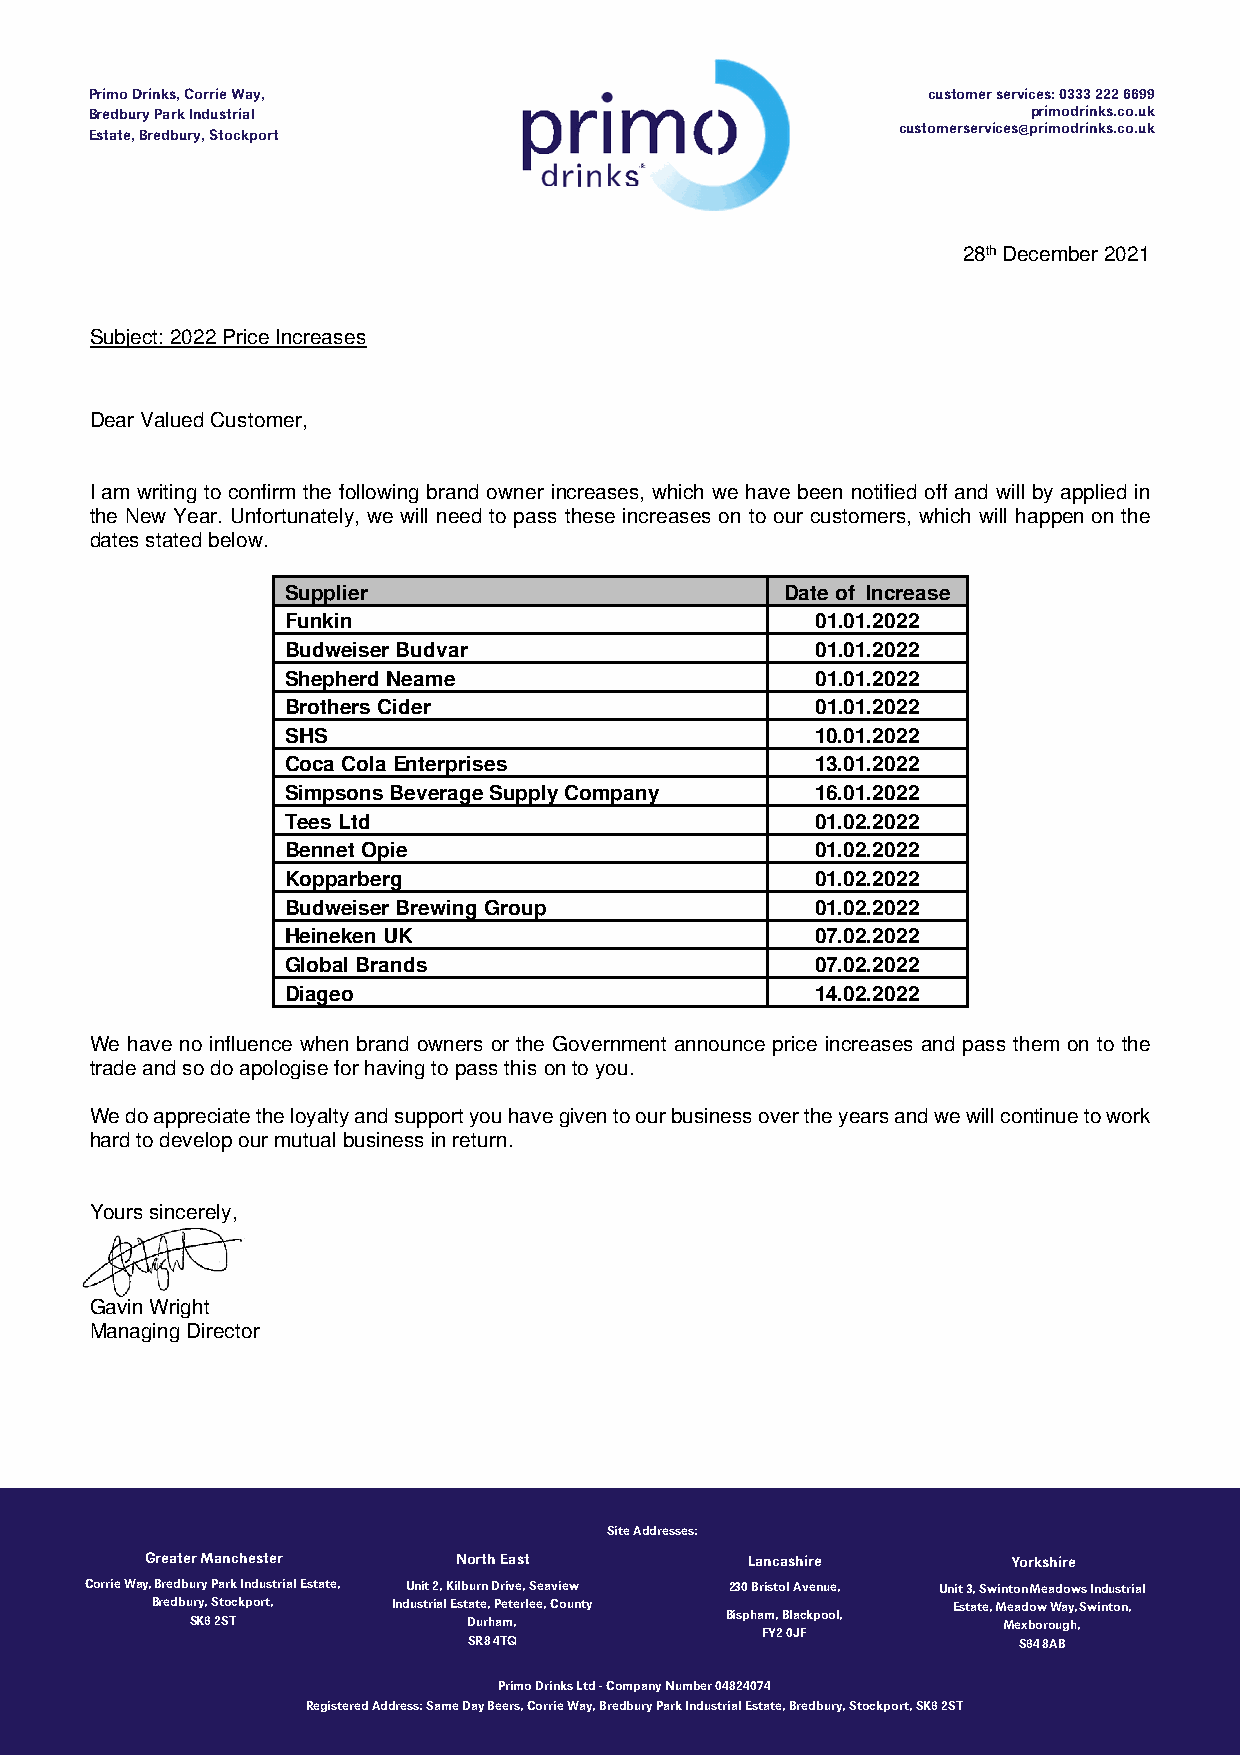
Primo Drinks, Corrie Way,                              customer services: 0333 222 6699
 Bredbury Park Industrial                                      primodrinks.co.uk
 customerservices@primodrinks.co.uk
 Estate, Bredbury, Stockport
 28th December 2021
 Subject: 2022 Price Increases
 Dear Valued Customer,
 I am writing to confirm the following brand owner increases, which we have been notified off and will by applied in
 the New Year. Unfortunately, we will need to pass these increases on to our customers, which will happen on the
 dates stated below.
 Supplier                         Date of Increase
 Funkin                             01.01.2022
 Budweiser Budvar                   01.01.2022
 Shepherd Neame                     01.01.2022
 Brothers Cider                     01.01.2022
 SHS                                10.01.2022
 Coca Cola Enterprises              13.01.2022
 Simpsons Beverage Supply Company   16.01.2022
 Tees Ltd                           01.02.2022
 Bennet Opie                        01.02.2022
 Kopparberg                         01.02.2022
 Budweiser Brewing Group            01.02.2022
 Heineken UK                        07.02.2022
 Global Brands                      07.02.2022
 Diageo                             14.02.2022
 We have no influence when brand owners or the Government announce price increases and pass them on to the
 trade and so do apologise for having to pass this on to you.
 We do appreciate the loyalty and support you have given to our business over the years and we will continue to work
 hard to develop our mutual business in return.
 Yours sincerely,
 Gavin Wright
 Managing Director
 Site Addresses:
 Greater Manchester  North East         Lancashire        Yorkshire
 Corrie Way, Bredbury Park Industrial Estate, Unit 2, Kilburn Drive, Seaview 230 Bristol Avenue, Unit 3, Swinton Meadows Industrial
 Bredbury, Stockport, Industrial Estate, Peterlee, County Estate, Meadow Way, Swinton,
 SK6 2ST           Durham,          Bispham, Blackpool, Mexborough,
 FY2 0JF
 SR8 4TQ                             S64 8AB
 Primo Drinks Ltd - Company Number 04824074
 Registered Address: Same Day Beers, Corrie Way, Bredbury Park Industrial Estate, Bredbury, Stockport, SK6 2ST